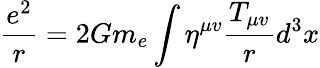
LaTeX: \frac{e^{2}}{r}=2Gm_{e}\int\eta^{\mu v}\frac{T_{\mu v}}{r}d^{3}x